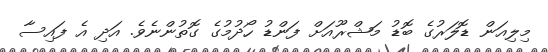
މިލިއަން ޑޮލަރުގެ ބޮޑު މަޝްރޫއަށް ފަންޑު ހޯދުމުގެ ގޮތުންނެވެ. އަދި އެ ފައިސާ